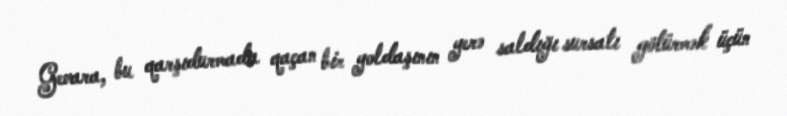
Gevara, bu qarşıdurmada qaçan bir yoldaşının yerə saldığı sursatı götürmək üçün